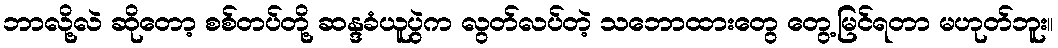
ဘာလို့လဲ ဆိုတော့ စစ်တပ်တို့ ဆန္ဒခံယူပွဲက လွတ်လပ်တဲ့ သဘောထားတွေ တွေ့မြင်ရတာ မဟုတ်ဘူး။